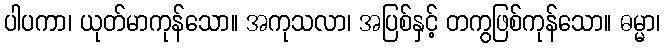
ပါပကာ၊ ယုတ်မာကုန်သော။ အကုသလာ၊ အပြစ်နှင့် တကွဖြစ်ကုန်သော။ ဓမ္မာ၊